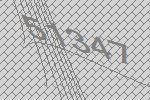
51347